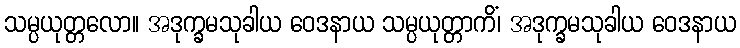
သမ္ပယုတ္တလော။ အဒုက္ခမသုခါယ ဝေဒနာယ သမ္ပယုတ္တာကိံ၊ အဒုက္ခမသုခါယ ဝေဒနာယ